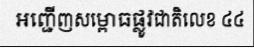
អញ្ជើញសម្ពោធផ្លូវជាតិលេខ ៤៤